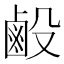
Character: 𪉘